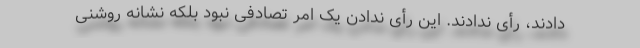
دادند، رأی ندادند. این رأی ندادن یک امر تصادفی نبود بلکه نشانه روشنی